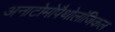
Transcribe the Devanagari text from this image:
अनाटोमोपैथोलॉजिकल